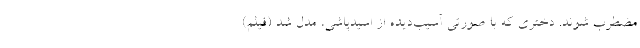
مضطرب شوند. دختری که با صورتی آسیب‌دیده از اسیدپاشی، مدل شد (فیلم)